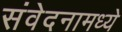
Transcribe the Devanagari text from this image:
संवेदनामध्ये